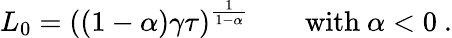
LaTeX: L_{0}=\left((1-\alpha)\gamma\tau\right)^{\frac{1}{1-\alpha}}\qquad\mathrm{with}\ \alpha<0\ .